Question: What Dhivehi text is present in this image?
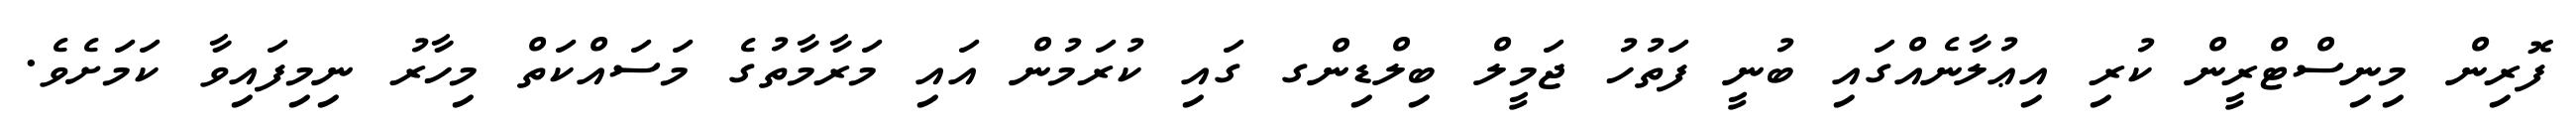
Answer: ފޮރިން މިނިސްޓްރީން ކުރި އިޢުލާނެއްގައި ބުނީ ފަތުހު ޖަމީލް ބިލްޑިންގ ގައި ކުރަމުން އައި މަރާމާތުގެ މަސައްކަތް މިހާރު ނިމިފައިވާ ކަމަށެވެ.